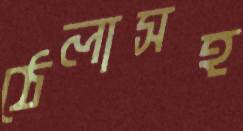
ঠেলাসহ